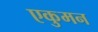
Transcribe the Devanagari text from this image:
एकुमन